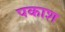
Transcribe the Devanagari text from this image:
पकाश